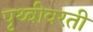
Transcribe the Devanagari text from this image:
पृथ्वीवरती